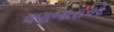
વણજારાઓ